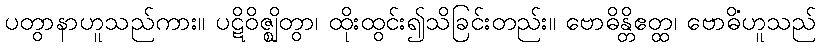
ပတွာနာဟူသည်ကား။ ပဋိဝိဇ္ဈိတွာ၊ ထိုးထွင်း၍သိခြင်းတည်း။ ဗောဓိန္တိဧတ္ထ၊ ဗောဓိံဟူသည်